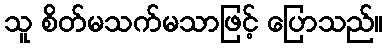
သူ စိတ်မသက်မသာဖြင့် ပြောသည်။